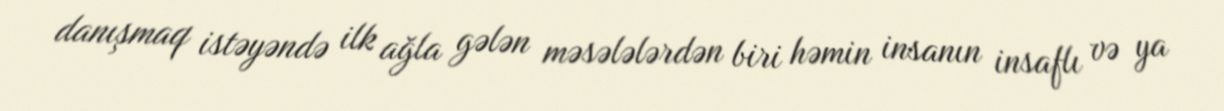
danışmaq istəyəndə ilk ağla gələn məsələlərdən biri həmin insanın insaflı və ya